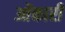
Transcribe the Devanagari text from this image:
ओंकारी